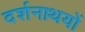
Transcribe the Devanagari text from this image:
दर्शनाथयों